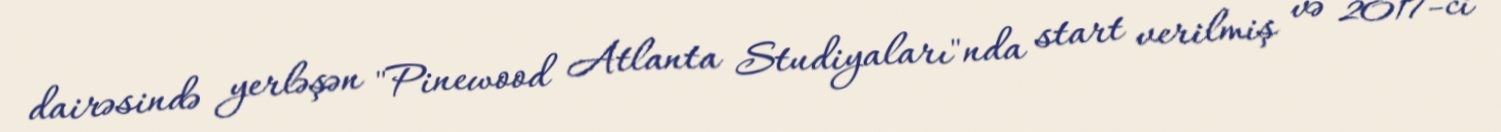
dairəsində yerləşən "Pinewood Atlanta Studiyaları"nda start verilmiş və 2017-ci